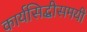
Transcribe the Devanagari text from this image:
कार्यसिद्धीसमयी